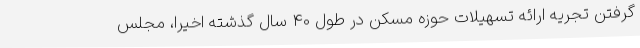
گرفتن تجریه ارائه تسهیلات حوزه مسکن در طول 40 سال گذشته اخیرا، مجلس